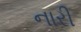
નારી